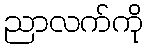
ညာလက်ကို